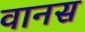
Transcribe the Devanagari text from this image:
वानस